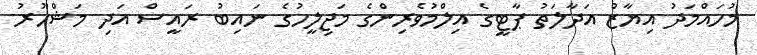
މުހައްމަދު އިޔާޒު އަދާލަތު ޕާޓީގެ އިލްމުވެރިންގެ މަޖިލީހުގެ ނައިބު ރައީސް އަދި މަޝްހޫރު